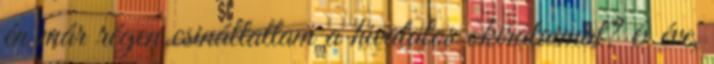
én már régen csináltattam a hivatalos okirataimat? 6 éve,